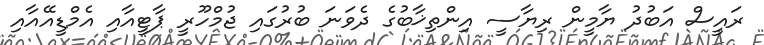
ރައީސް އަބުދު ޔާމީން ރިޔާސީ އިންތިޚާބުގެ ދެވަނަ ބުރުގައި ޖުމްހޫރީ ޕާޓީއާއި އެމްޑީއޭއާއި